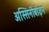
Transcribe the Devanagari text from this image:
अस्सिनीबोइन